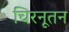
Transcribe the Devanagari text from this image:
चिरनूतन